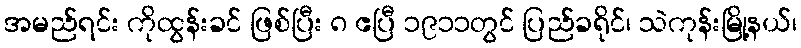
အမည်ရင်း ကိုထွန်းခင် ဖြစ်ပြီး ၈ ဧပြီ ၁၉၁၁တွင် ပြည်ခရိုင်၊ သဲကုန်းမြို့နယ်၊